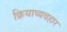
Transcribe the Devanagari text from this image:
क्रियाव्यवहार